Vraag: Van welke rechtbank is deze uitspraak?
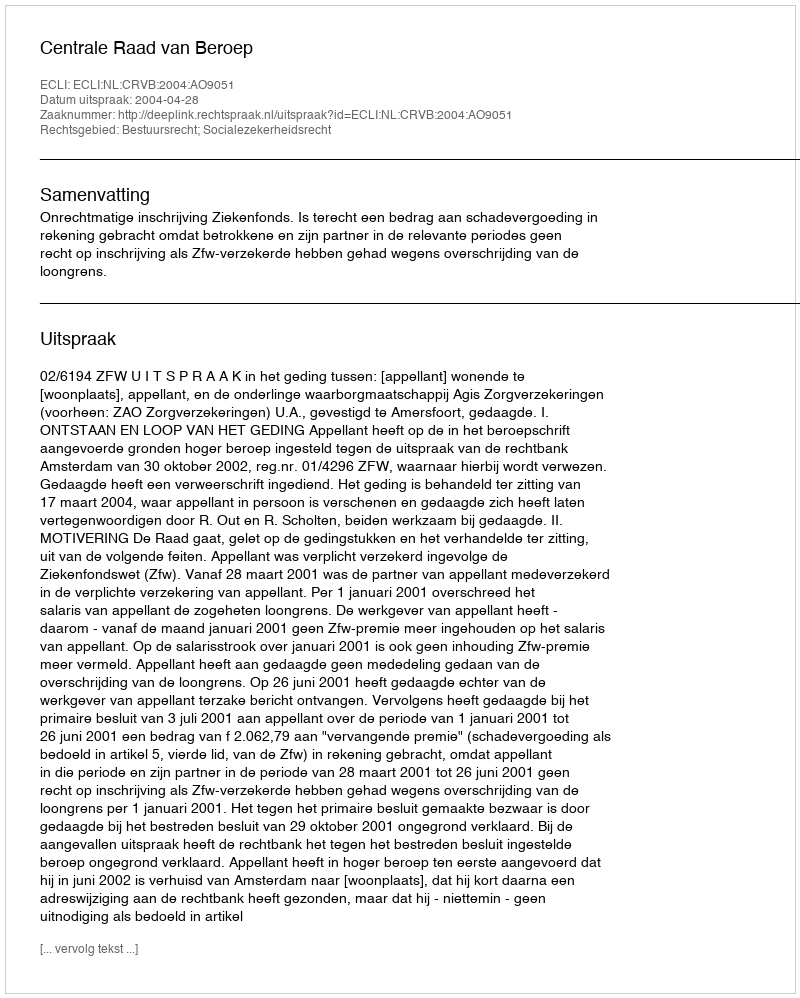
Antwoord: Centrale Raad van Beroep